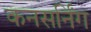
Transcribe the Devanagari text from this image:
कनसर्निंग